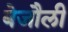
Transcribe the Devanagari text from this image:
बेजौली